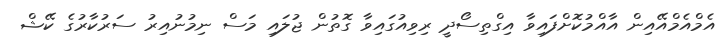
އެމްއެމްއޭއިން އާއްމުކޮށްފައިވާ އިގްތިސޯދީ ރިވިއުގައިވާ ގޮތުން ޖުލައި މަސް ނިމުނުއިރު ސަރުކާރުގެ ކޭޝް